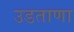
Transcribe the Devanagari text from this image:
उडताणा